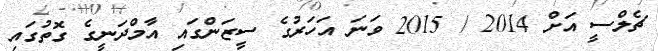
ޗެލްސީ އަށް 2014 / 2015 ވަނަ އަހަރުގެ ސީޒަންގައި އާމްދަނީގެ ގޮތުގައި